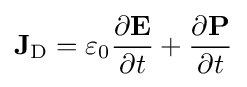
\mathbf {J} _{\mathrm {D} }=\varepsilon _{0}{\frac {\partial \mathbf {E} }{\partial t}}+{\frac {\partial \mathbf {P} }{\partial t}}